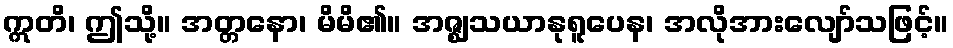
ဣတိ၊ ဤသို့။ အတ္တနော၊ မိမိ၏။ အဇ္ဈသယာနုရူပေန၊ အလိုအားလျော်သဖြင့်။